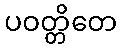
ပဝတ္တိတေ